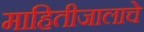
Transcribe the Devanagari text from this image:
माहितीजालाचे